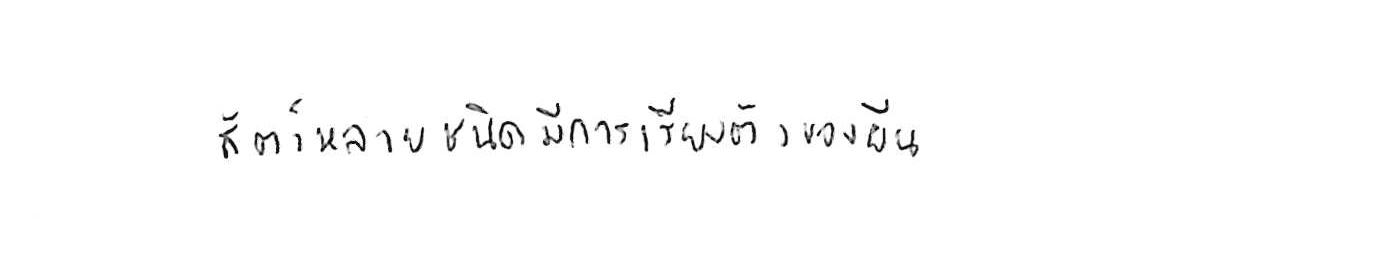
สัตว์หลายชนิดมีการเรียงตัวของยีน